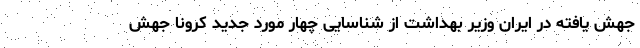
جهش یافته در ایران وزیر بهداشت از شناسایی چهار مورد جدید کرونا جهش